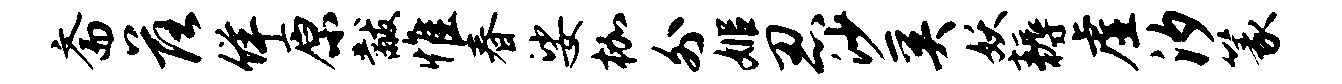
斋落佯原黻惟春娑枷外姬忍沙奚妖耨虚汐篆